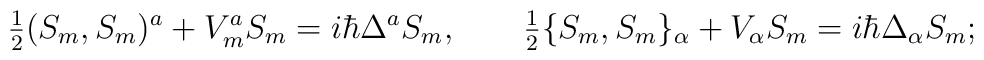
\hbox{$\frac{1}{2}$} ( S_m, S_m )^a + V_m^a S_m =i \hbar \Delta^a S_m,\qquad\hbox{$\frac{1}{2}$} \{ S_m, S_m \}_\alpha + V_\alpha S_m =i \hbar \Delta_\alpha S_m;